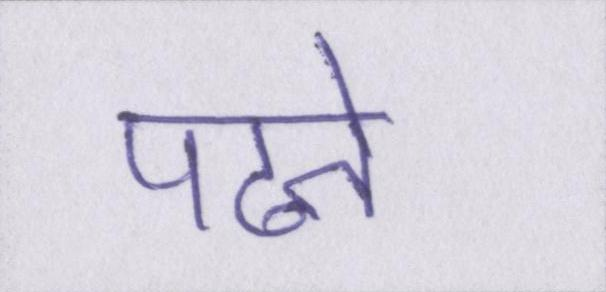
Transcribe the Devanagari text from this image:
पढते